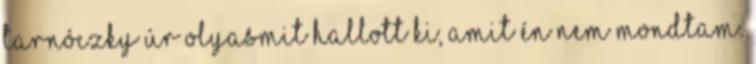
Tarnóczky úr olyasmit hallott ki, amit én nem mondtam.